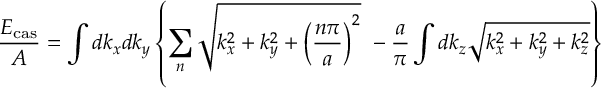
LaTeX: \frac { E _ { \mathrm { c a s } } } { A } = \int d k _ { x } d k _ { y } \left\{ \sum _ { n } \sqrt { k _ { x } ^ { 2 } + k _ { y } ^ { 2 } + \left( \frac { n \pi } { a } \right) ^ { 2 } } ~ - \frac { a } { \pi } \int d k _ { z } \sqrt { k _ { x } ^ { 2 } + k _ { y } ^ { 2 } + k _ { z } ^ { 2 } } \right\}